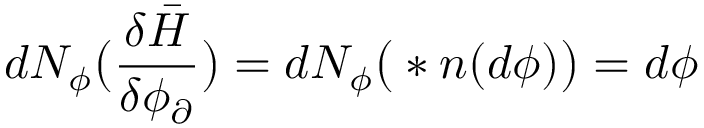
d N _ { \phi } \big ( \frac { \delta \bar { H } } { \delta \phi _ { \partial } } \big ) = d N _ { \phi } \big ( \ast \boldsymbol { n } ( d \phi ) \big ) = d \phi